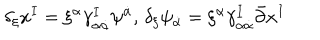
\delta _ { \xi } x ^ { I } = \xi ^ { \alpha } \gamma _ { \alpha \dot { \alpha } } ^ { I } \psi ^ { \dot { \alpha } } , \, \delta _ { \xi } \psi _ { \dot { \alpha } } = \xi ^ { \alpha } \gamma _ { \alpha \dot { \alpha } } ^ { I } \bar { \partial } x ^ { I }